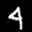
Label: 4